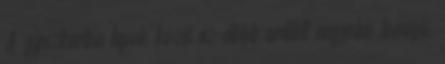
A gipszkarton lapok közét az előbb említett nagyobb tömegű,